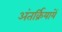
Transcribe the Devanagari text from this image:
अंतर्क्रियायें